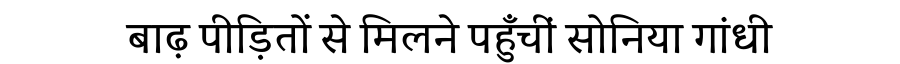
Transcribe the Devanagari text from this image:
बाढ़ पीड़ितों से मिलने पहुँचीं सोनिया गांधी